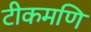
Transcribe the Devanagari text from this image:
टीकमणि